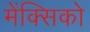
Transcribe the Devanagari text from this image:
मेंक्सिको